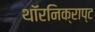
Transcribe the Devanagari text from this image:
थॉरनिक्राप्ट